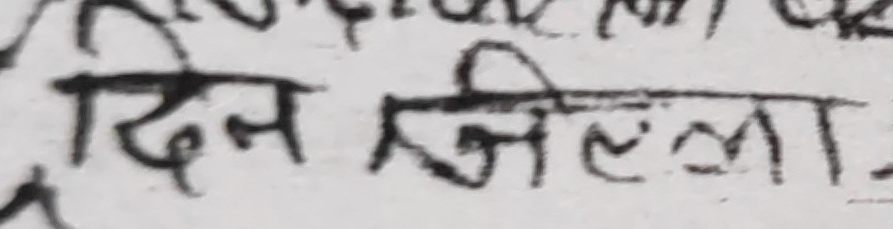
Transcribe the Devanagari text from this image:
दिन जिल्ला